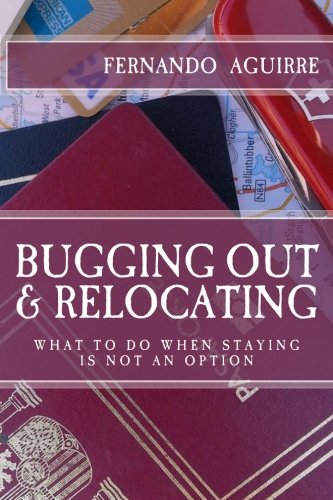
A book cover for Bugging Out and Relocating: When Staying Put is not an Option; Fernando Ferfal Aguirre; Politics & Social Sciences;